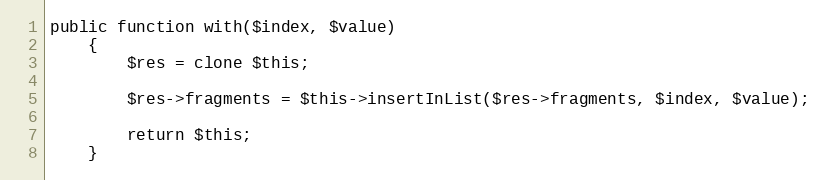
Language: PHP
public function with($index, $value)
    {
        $res = clone $this;

        $res->fragments = $this->insertInList($res->fragments, $index, $value);

        return $this;
    }